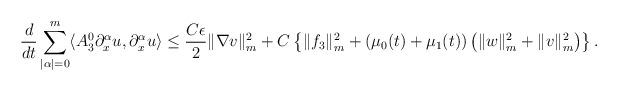
LaTeX: \begin{align*}\frac{d}{dt}\sum_{|\alpha|=0}^{m}\langle A_{3}^{0}\partial_{x}^{\alpha}u,\partial_{x}^{\alpha}u\rangle\leq\frac{C\epsilon}{2}\|\nabla v\|_{m}^{2}+C\left\lbrace\|f_{3}\|_{m}^{2}+(\mu_{0}(t)+\mu_{1}(t))\left(\|w\|_{m}^{2}+\|v\|_{m}^{2}\right)\right\rbrace.\end{align*}